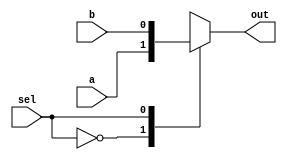
// 2-input multiplexer
module mux(
input wire a,       // input a
input wire b,       // input b
input wire sel,     // input selector

output reg out      // output
);

always @(a or b or sel)
begin
    case(sel)
        1'b0 : out = a;
        1'b1 : out = b;
        //default " out = 1'b0;
        // full case   default 
     endcase
end

endmodule